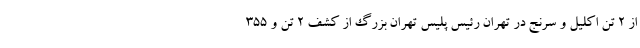
از ۲ تن اکلیل و سرنج در تهران رئیس پلیس تهران بزرگ از کشف ۲ تن و ۳۵۵